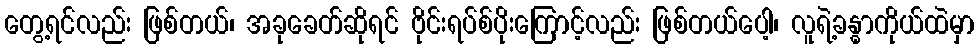
တွေ့ရင်လည်း ဖြစ်တယ်၊ အခုခေတ်ဆိုရင် ဗိုင်းရပ်စ်ပိုးကြောင့်လည်း ဖြစ်တယ်ပေါ့၊ လူရဲ့ခန္ဓာကိုယ်ထဲမှာ